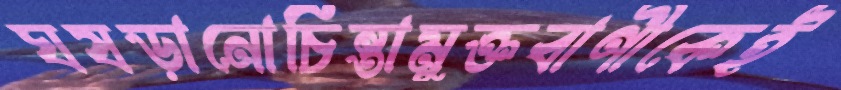
ঘষড়ানোচিন্তামুক্তবাণীকেই